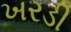
ખરડી